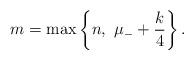
LaTeX: \begin{align*} m = \max\left\{ n, \ \mu_{-} + \frac{k}{4} \right\}.\end{align*}